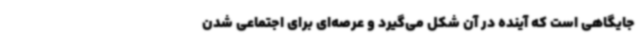
جایگاهی است که آینده در آن شکل می‌گیرد و عرصه‌ای برای اجتماعی شدن